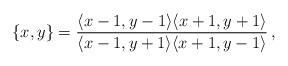
LaTeX: \begin{align*}\{x,y\}=\frac{\langle x-1,y-1 \rangle \langle x+1,y+1 \rangle}{\langle x-1,y+1 \rangle \langle x+1,y-1 \rangle}\,,\end{align*}